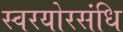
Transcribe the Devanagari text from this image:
स्वरयोरसंधि